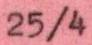
25/4